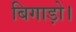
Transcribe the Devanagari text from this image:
बिगाड़ो।